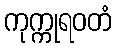
ကုက္ကုရဝတံ